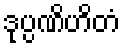
ဒုပ္ပဏိဟိတံ